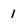
Character: i